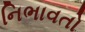
નિભાવતો